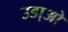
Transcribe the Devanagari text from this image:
उडा़ओ